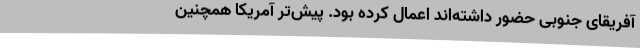
آفریقای جنوبی حضور داشته‌اند اعمال کرده بود. پیش‌تر آمریکا همچنین